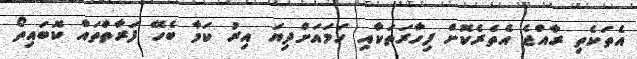
އެތަކެތި ރާއްޖެ އެތެރެކޮށް ފިހާރަތަކާއި ހަމައަށްދިޔަ އިރު ކަމާ ބެހޭ ފަރާތްތައް ކޮބައިތޯ